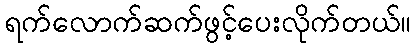
ရက်လောက်ဆက်ဖွင့်ပေးလိုက်တယ်။